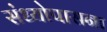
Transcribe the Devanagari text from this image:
संध्योपासना